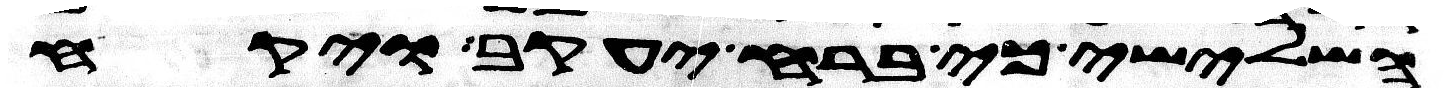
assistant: השלישי כי ברח יעקב ויקח